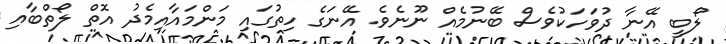
ލޯބީ އޭނާ ދުވަހަކުވެސް ބޭނުމެއް ނޫނެވެ. އޭނަގެ ހިތުގައި މަންމައާއިމެދު އޮތް ލޯތްބާއި